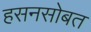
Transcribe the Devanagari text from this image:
हसनसोबत